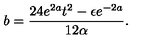
b = \frac { 2 4 e ^ { 2 a } t ^ { 2 } - \epsilon e ^ { - 2 a } } { 1 2 \alpha } .